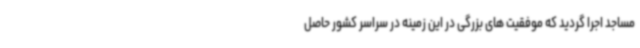
مساجد اجرا گردید که موفقیت های بزرگی در این زمینه در سراسر کشور حاصل